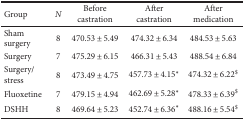
<table><thead><tr><td><b>Group</b></td><td><b><i>N</i></b></td><td><b>Before castration</b></td><td><b>After castration</b></td><td><b>After medication</b></td></tr></thead><tbody><tr><td>Sham surgery</td><td>8</td><td>470.53 ± 5.49</td><td>474.32 ± 6.34</td><td>484.53 ± 5.63</td></tr><tr><td>Surgery</td><td>7</td><td>475.29 ± 6.15</td><td>466.31 ± 5.43</td><td>488.54 ± 6.84</td></tr><tr><td>Surgery/stress</td><td>8</td><td>473.49 ± 4.75</td><td>457.73 ± 4.15<sup>∗</sup></td><td>474.32 ± 6.22<sup>$</sup></td></tr><tr><td>Fluoxetine</td><td>7</td><td>479.15 ± 4.94</td><td>462.69 ± 5.28<sup>∗</sup></td><td>478.33 ± 6.39<sup>$</sup></td></tr><tr><td>DSHH</td><td>8</td><td>469.64 ± 5.23</td><td>452.74 ± 6.36<sup>∗</sup></td><td>488.16 ± 5.54<sup>$</sup></td></tr></tbody></table>